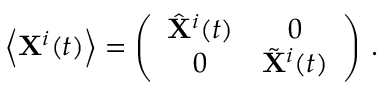
\left\langle { \bf X } ^ { i } ( t ) \right\rangle = \left( \begin{array} { c c } { { \hat { \bf X } ^ { i } ( t ) } } & { { 0 } } \\ { { 0 } } & { { \tilde { \bf X } ^ { i } ( t ) } } \end{array} \right) \, .